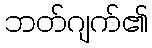
ဘတ်ဂျက်၏